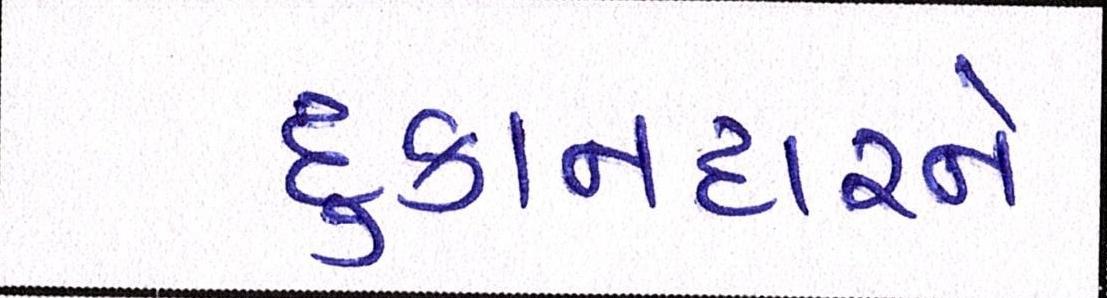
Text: દુકાનદારને